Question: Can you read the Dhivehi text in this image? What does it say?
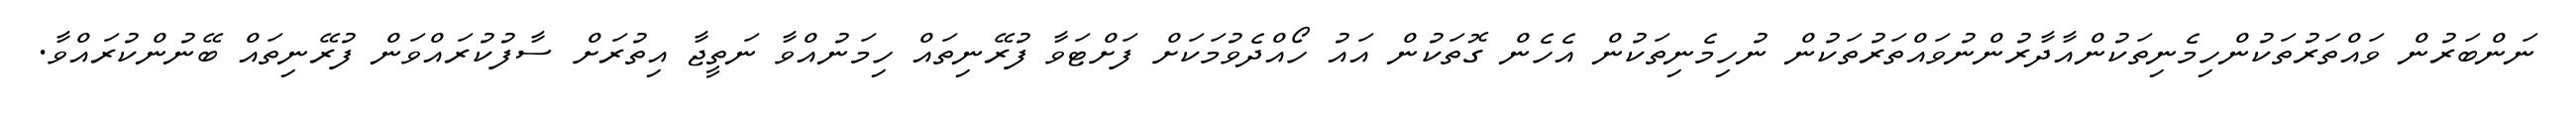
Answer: ނަންބަރުން ވައްތަރުތަކުންހިމެނިތަކުންއާދާރުންނުވައްތަރުތަކުން ނުހިމެނިތަކުން އެހެން ގޮތަކުން އައު ހޯއްދެވުމަކަށް ފަށްޓަވާ ފުރޭނިތައް ހިމަނުއްވާ ނަތީޖާ އިތުރަށް ސާފުކުރައްވަން ފުރޭނިތައް ބޭނުންކުރައްވާ.